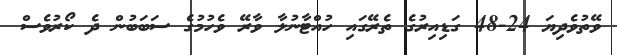
ވޭތުވެދިޔަ 24-48 ގަޑިއިރުގެ ތެރޭގައި ހުއްޓާނުލާ ވާރޭ ވެހުމުގެ ސަބަބުން ދެ ކޯރުވެސް